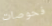
فحوصات